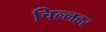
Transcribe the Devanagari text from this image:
चिल्लहर